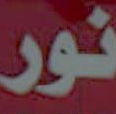
نور